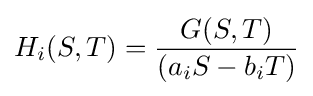
H_{i}(S,T)={\frac {G(S,T)}{(a_{i}S-b_{i}T)}}